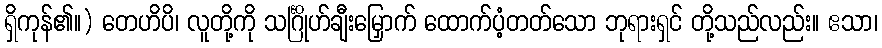
ရှိကုန်၏။) တေဟိပိ၊ လူတို့ကို သင်္ဂြိုဟ်ချီးမြှောက် ထောက်ပံ့တတ်သော ဘုရားရှင် တို့သည်လည်း။ ဧသာ၊